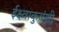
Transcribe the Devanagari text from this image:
ईक्ष्वाकुवंशी